Vaccination in Bombay 1889-1901 - 1889-1901
Year: 1889
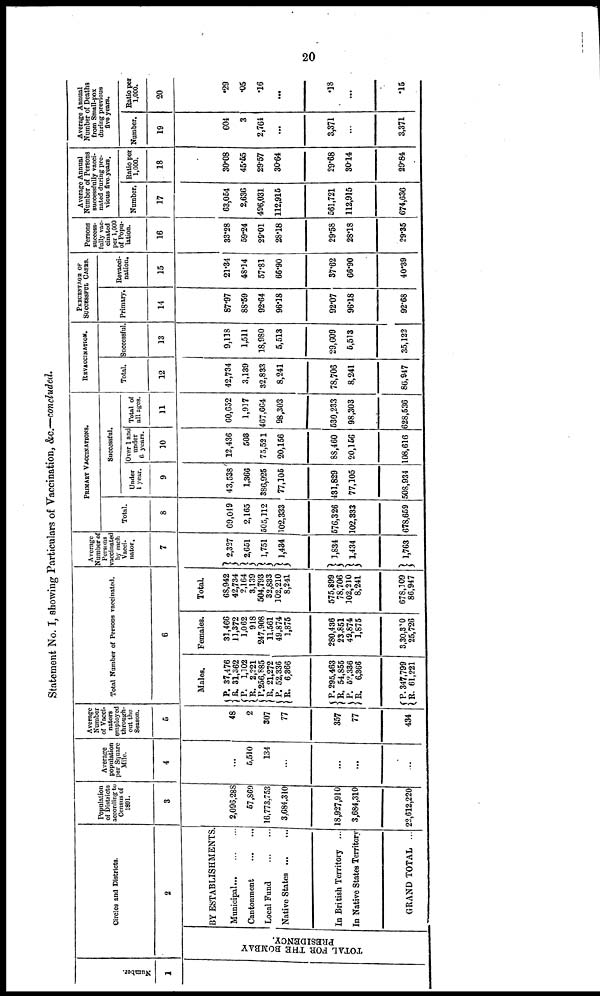
20
Statement No. I, showing Particulars of Vaccination, &c.—concluded.
Number.
1
Circles and Districts.
2
TOTAL FOR THE BOMBAY
PRESIDENCY.
BY ESTABLISHMENTS.
Municipal... ... ...
Cantonment
...
...
Local Fund
...
...
Native States ... ...
In British Territory ...
In Native States Territory
GRAND TOTAL ...
Population
of Districts
according to
Census of
1891.
3
2,096,288
57,869
16,773,753
3,684,310
18,927,910
3,684,310
22,612,220
Average
population
per Square
Mile.
4
...
5,510
134
...
...
...
...
Average
Number
of Vacci¬
nators
employed
through-
out the
Season.
5
48
2
307
77
357
77
434
Total Number of Persons vaccinated.
6
Males.
P.
R.
P.
R.
P.
R.
P.
R.
P.
R.
P.
R.
P.
R.
37,476
31,362
1,102
2,221
256,885
21,272
52,336
6,366
295,463
54,855
52,336
6,366
347,799
61,221
Females.
31,466
11,372
1,062
918
247,908
11,561
49,874
1,875
280,436
23,851
49,874
1,875
3,30,310
25,726
Total
68,942
42,734
2,164
3,139
504,793
32,833
102,210
8,241
575,899
78,706
102,210
8,241
678,109
86,947
Average
Number of
Persons
vaccinate
by each
Vacci¬
nator.
7
2,327
2,651
1,751
1,434
1,834
1,434
1,763
PRIMARY VACCINATIONS.
Total.
8
69,049
2,165
505,112
102,333
576,326
102,333
678,659
Successful.
Under
1 year.
9
43,538
1,366
386,925
77,105
431,829
77,105
508, 934
Over 1 and
under
6 years.
10
12,436
508
75,521
20,156
88,460
20,156
108,616
Total of
all ages.
11
60,652
1,917
467,664
98,303
530,233
98,303
628,536
REVACCINATION.
Total.
12
42,734
3,139
32,833
8,241
78,706
8,241
86,947
Successful
13
9,118
1,511
18,980
5,513
29,609
5,513
35,122
PERCENTAGE OF
SUCCESSFUL CASES.
Primary.
14
87.97
88.59
92.64
96.18
92.07
96.18
92.68
Revacci¬
nation.
15
21.34
48.14
57.81
66.90
37.62
66.90
40.39
Persons
success-
fully vac-
cinated
per 1,000
of Popu-
lation.
16
33.28
59.24
29.01
28.18
29.58
28.18
29.35
Average Annual
Number of Persons
successfully vacci-
nated during pre-
vious five years.
Number.
17
63,054
2,636
496,031
112,915
561,721
112,915
674,636
Ratio per
1,000.
18
30.08
45.55
29.57
30.64
29.68
30.14
29.84
Average Annual
Number of Deaths
from Small-pox
during previous
five years.
Number.
19
604
3
2,764
...
3,371
...
3,371
Ratio per
1,000.
20
.29
.05
.16
...
.18
...
.15